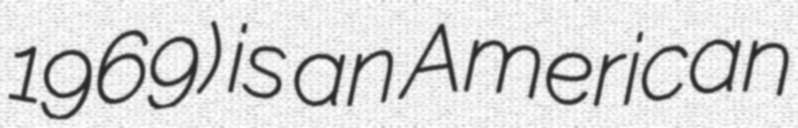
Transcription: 1969) is an American